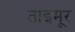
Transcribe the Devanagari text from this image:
ताइमूर